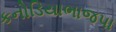
કનોડિયાભાજપા